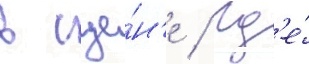
в сце́н'е / гд'е́